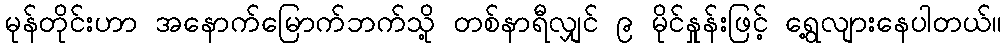
မုန်တိုင်းဟာ အနောက်မြောက်ဘက်သို့ တစ်နာရီလျှင် ၉ မိုင်နှုန်းဖြင့် ရွေ့လျားနေပါတယ်။